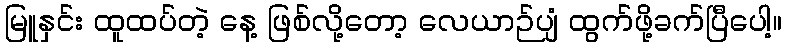
မြူနှင်း ထူထပ်တဲ့ နေ့ ဖြစ်လို့တော့ လေယာဉ်ပျံ ထွက်ဖို့ခက်ပြီပေါ့။